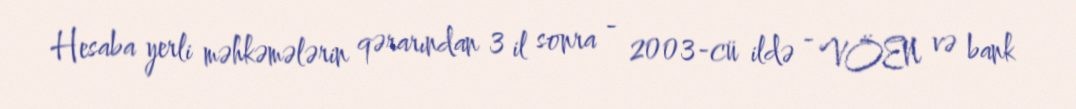
Hesaba yerli məhkəmələrin qərarından 3 il sonra - 2003-cü ildə - VÖEN və bank